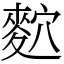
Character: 䴳